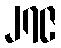
၂၇၉